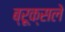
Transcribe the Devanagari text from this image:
ब्रूक्सले